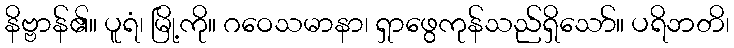
နိဗ္ဗာန်၏။ ပူရံ၊ မြို့ကို။ ဂဝေသမာနာ၊ ရှာဖွေကုန်သည်ရှိသော်။ ပရိဘတိ၊